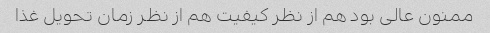
ممنون عالی بود هم از نظر کیفیت هم از نظر زمان تحویل غذا